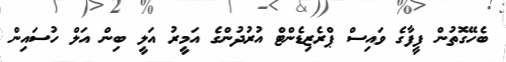
ބެހޭގޮތުން ފީފާގެ ވައިސް ޕްރެޒިޑެންޓް އުރުދުންގެ އަމީރު އަލީ ބިން އަލް ހުސައިން